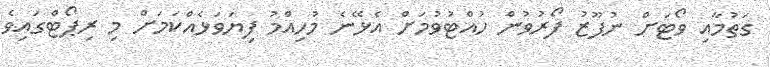
ގަތުމާއި ވޯޓަށް ނުފޫޒު ފޯރުވުން ހުއްޓުވުމަށް އެޅޭނެ މުހިއްމު ފިޔަވަޅެއްކަމަށް މި ރިޕޯޓްގައިވެ